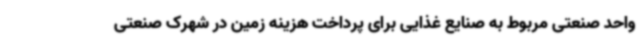
واحد صنعتی مربوط به صنایع غذایی برای پرداخت هزینه زمین در شهرک صنعتی